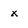
Character: x